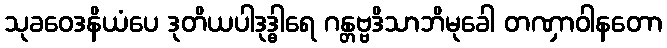
သုခဝေဒနိယံပေ ဒုတိယပါဒုဒ္ဓါရေ ဂန္တဗ္ဗဒိသာဘိမုခေါ တဏှာဝါနတော